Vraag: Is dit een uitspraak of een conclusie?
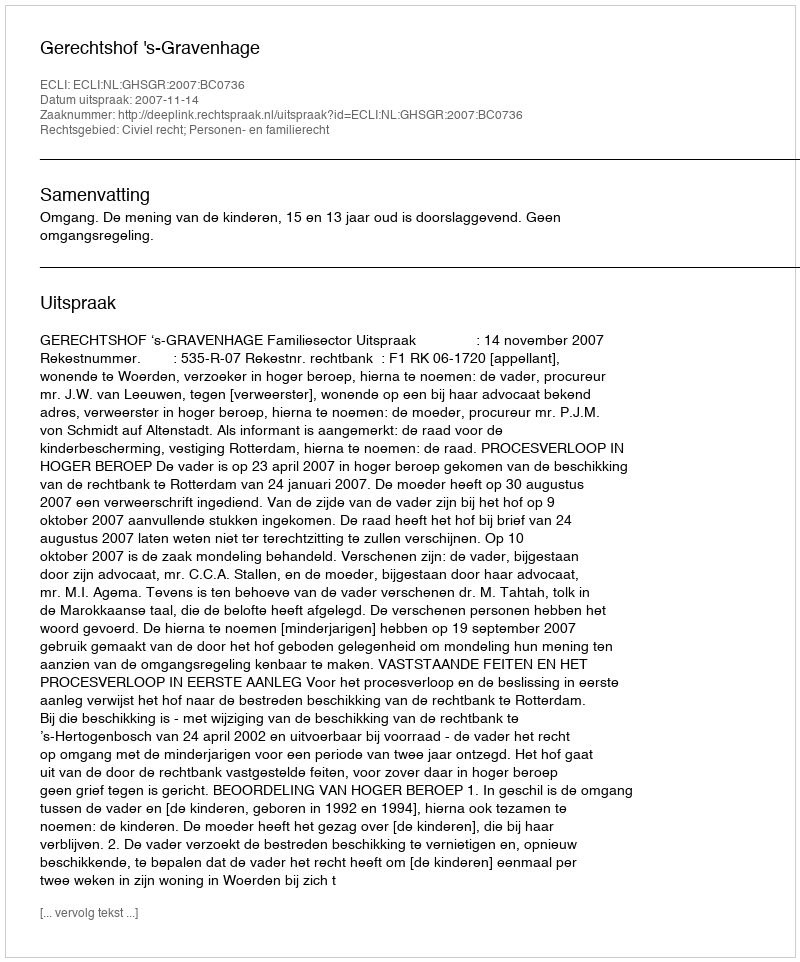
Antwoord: Uitspraak